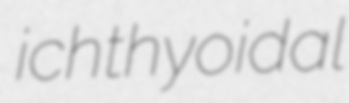
ichthyoidal